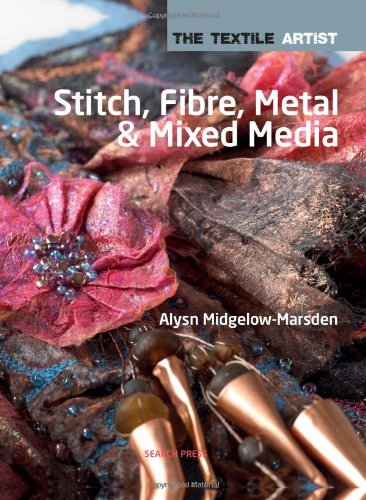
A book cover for Stitch, Fibre, Metal and Mixed Media (The Textile Artist); Alsyn Midgelow-Marsden; Crafts, Hobbies & Home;